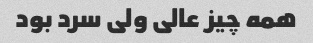
همه چیز عالی ولی سرد بود